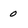
Character: 0